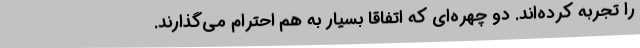
را تجربه کرده‌اند. دو چهره‌ای که اتفاقاً بسیار به هم احترام می‌گذارند.